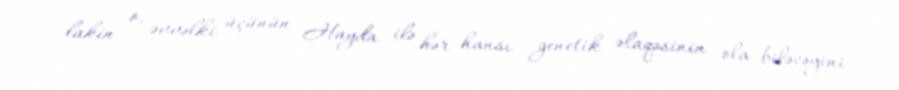
lakin o, əvvəlki üçünün Hayda ilə hər hansı genetik əlaqəsinin ola biləcəyini